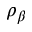
\rho _ { \beta }